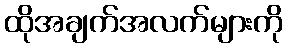
ထိုအချက်အလက်များကို